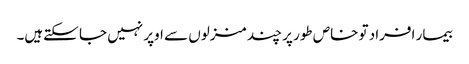
بیمار افراد تو خاص طور پر چند منزلوں سے اوپر نہیں جا سکتےہیں۔